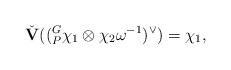
LaTeX: \begin{align*}\check{\mathbf{V}}((_{P}^{G}\chi_1\otimes \chi_2\omega^{-1})^{\vee})=\chi_1,\end{align*}